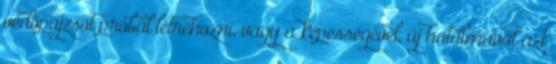
védőpajzsot próbál létrehozni, vagy a képességével, új hatalmával azt